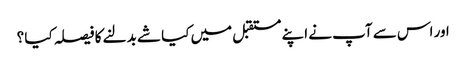
اور اس سے آپ نے اپنے مستقبل میں کیا شے بدلنے کا فیصلہ کیا ؟